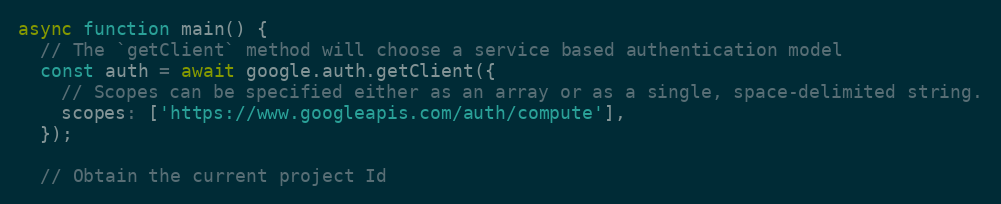
Language: JavaScript
async function main() {
  // The `getClient` method will choose a service based authentication model
  const auth = await google.auth.getClient({
    // Scopes can be specified either as an array or as a single, space-delimited string.
    scopes: ['https://www.googleapis.com/auth/compute'],
  });

  // Obtain the current project Id